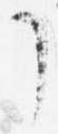
了